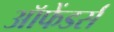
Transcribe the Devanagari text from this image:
ऑफेंडर्स